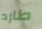
طارد